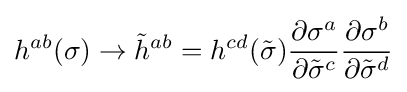
h^{ab}(\sigma )\rightarrow {\tilde {h}}^{ab}=h^{cd}({\tilde {\sigma }}){\frac {\partial {\sigma }^{a}}{\partial {\tilde {\sigma }}^{c}}}{\frac {\partial {\sigma }^{b}}{\partial {\tilde {\sigma }}^{d}}}